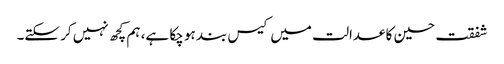
شفقت حسین کا عدالت میں کیس بند ہو چکا ہے، ہم کچھ نہیں کر سکتے۔